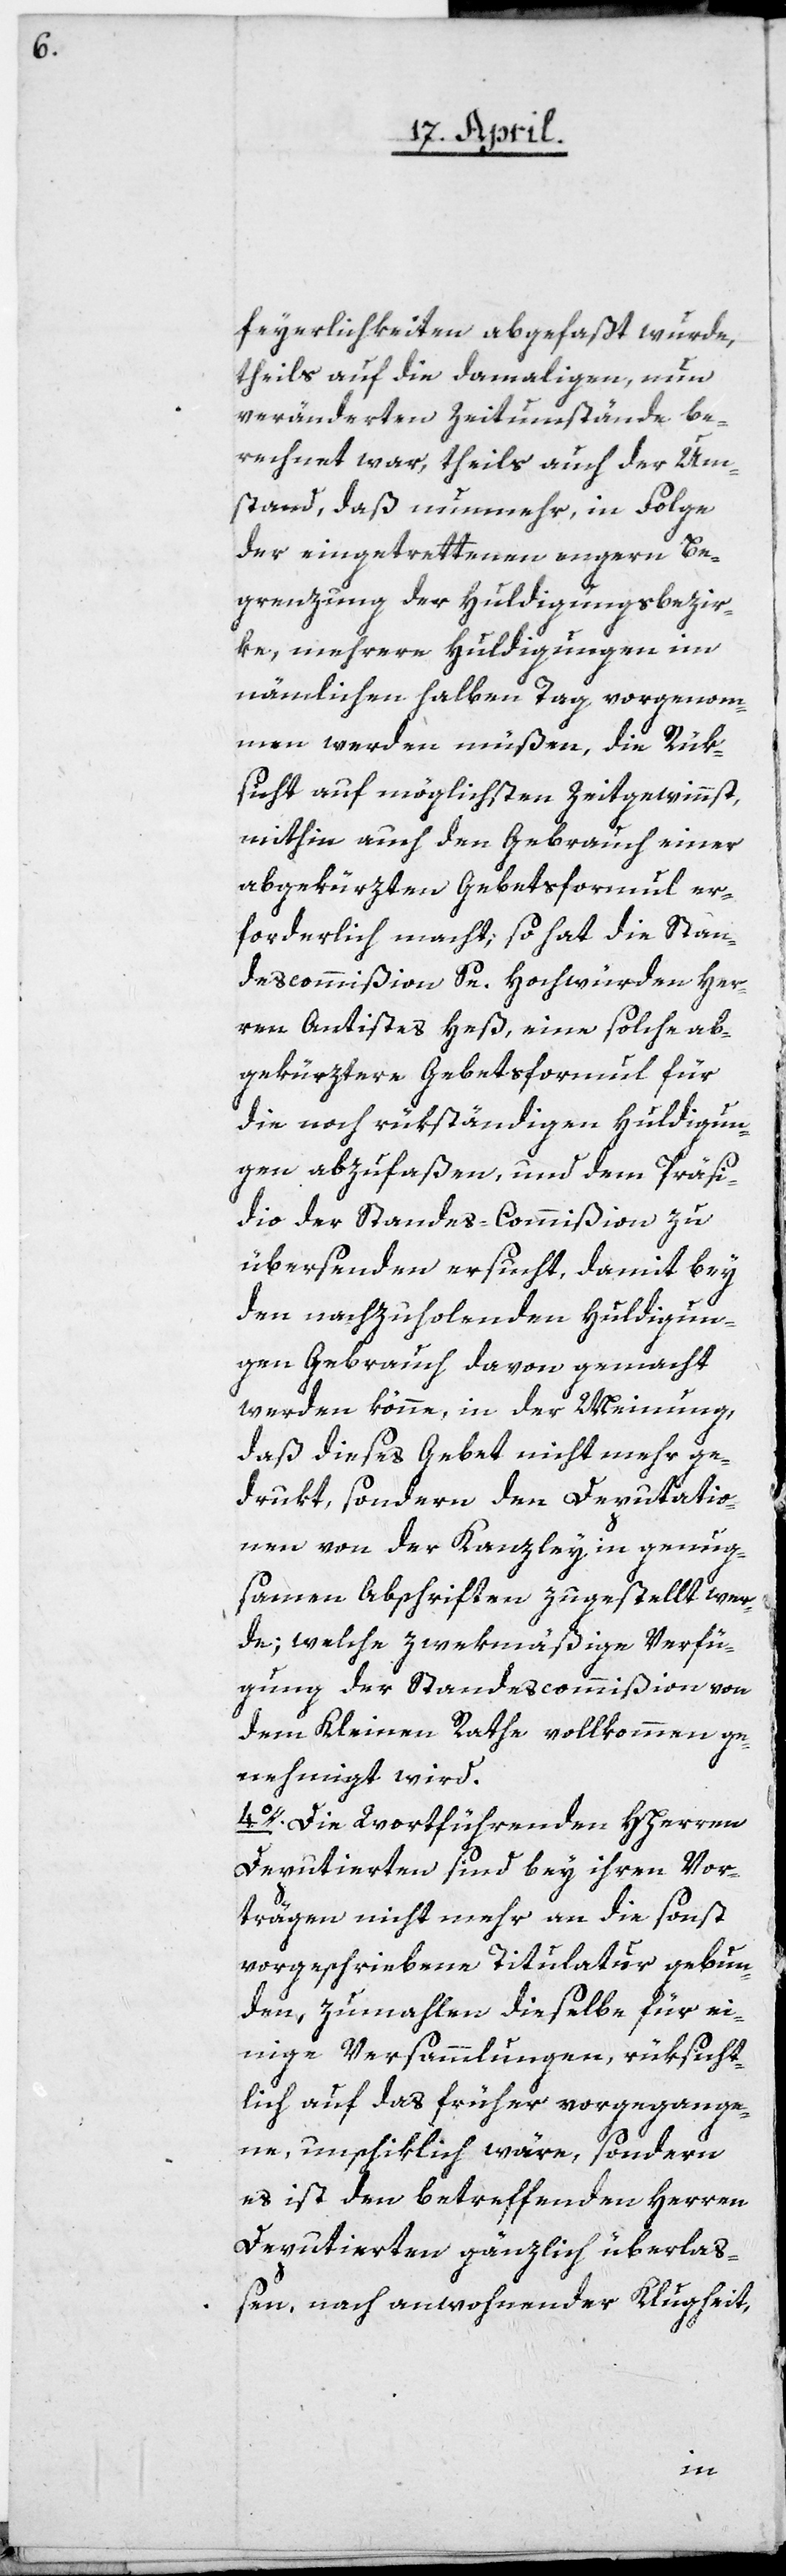
feyerlichkeiten abgefaßt wurde,
theils auf die damaligen, nun
veränderten Zeitumstände be¬
rechnet war, theils auch der Um¬
stand, daß nunmehr, in Folge
der eingetrettenen engern Be¬
grenzung der Huldigungsbezir¬
ke, mehrere Huldigungen im
nämlichen halben Tag vorgenom¬
men werden müßen, die Rük¬
sicht auf möglichsten Zeitgewinnst,
mithin auch den Gebrauch einer
abgekürzten Gebetsformul er¬
forderlich macht; so hat die Stan¬
descommißion Se. Hochwürden Her¬
ren Antistes Heß, eine solche ab¬
gekürztere Gebetsformul für
die noch rükständigen Huldigun¬
gen abzufaßen, und dem Präsi¬
dio der Standes-Commißion zu
übersenden ersucht, damit bey
den nachzuholenden Huldigun¬
gen Gebrauch davon gemacht
werden könne, in der Meinung,
daß dieses Gebet nicht mehr ge¬
drukt, sondern der Deputatio¬
nen von der Kanzley in genug¬
samen Abschriften zugestellt wer¬
de; welche zwekmäßige Verfü¬
gung der Standescommißion von
dem Kleinen Rathe vollkommen ge¬
nehmigt wird.
4o. Die wortführenden HHerren
Deputierten sind bey ihren Vor¬
trägen nicht mehr an die sonst
vorgeschriebene Titulatur gebun¬
den, zumahlen dieselbe für ei¬
nige Versammlungen, rüksicht¬
lich auf das früher vorgegange¬
ne, unschiklich wäre, sondern
es ist den betreffenden Herren
Deputierten gänzlich überlaß¬
en, nach anwohnender Klugheit,